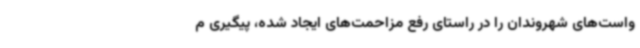
واست‌های شهروندان را در راستای رفع مزاحمت‌های ایجاد شده، پیگیری م